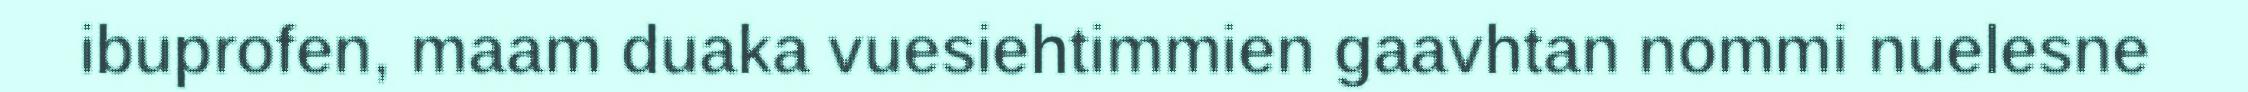
ibuprofen, maam duaka vuesiehtimmien gaavhtan nommi nuelesne